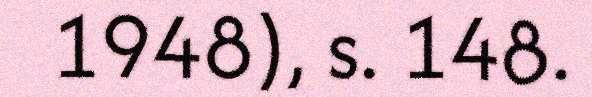
1948), s. 148.